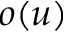
o ( u )